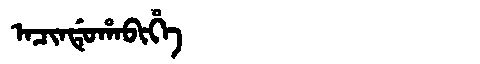
Manchu: ᠠᠴᡳᠨᡩᡠᡥᠠᠪᡳᡥᡝ
Romanization: ACINDUHABIHE